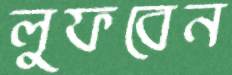
লুফবেন